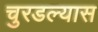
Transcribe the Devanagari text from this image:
चुरडल्यास